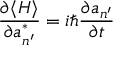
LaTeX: { \frac { \partial \langle H \rangle } { \partial a _ { n ^ { \prime } } ^ { * } } } = i \hbar { \frac { \partial a _ { n ^ { \prime } } } { \partial t } }